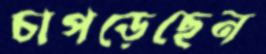
চাপড়েছেন